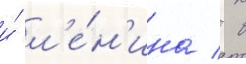
и́ л'е́н'ина / в